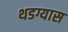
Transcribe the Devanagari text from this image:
थडग्यास